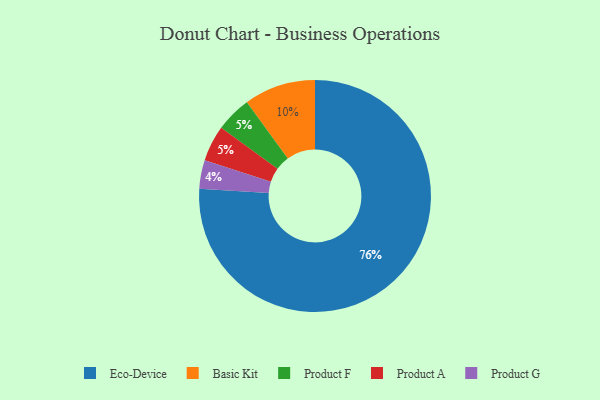
{"axis": {"x": "Category", "y": "Percentage"}, "legend": ["Basic Kit", "Eco-Device", "Product A", "Product F", "Product G"], "data": [{"x": "Eco-Device", "y": 76, "type": "Eco-Device"}, {"x": "Basic Kit", "y": 10, "type": "Basic Kit"}, {"x": "Product F", "y": 5, "type": "Product F"}, {"x": "Product G", "y": 4, "type": "Product G"}, {"x": "Product A", "y": 5, "type": "Product A"}]}